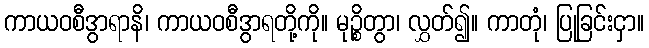
ကာယဝစီဒွာရာနိ၊ ကာယဝစီဒွာရတို့ကို။ မုဉ္စိတွာ၊ လွှတ်၍။ ကာတုံ၊ ပြုခြင်းငှာ။